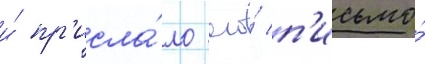
и́ пр'исла́ло его́ п'исьмо́